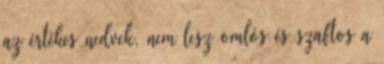
az értékes nedvek, nem lesz omlós és szaftos a